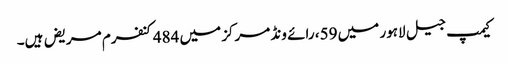
کیمپ جیل لاہور میں 59، رائے ونڈ مرکز میں 484کنفرم مریض ہیں۔